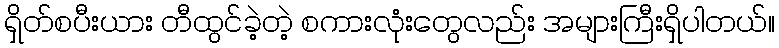
ရှိတ်စပီးယား တီထွင်ခဲ့တဲ့ စကားလုံးတွေလည်း အများကြီးရှိပါတယ်။